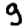
Digit: 9